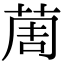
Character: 䓟